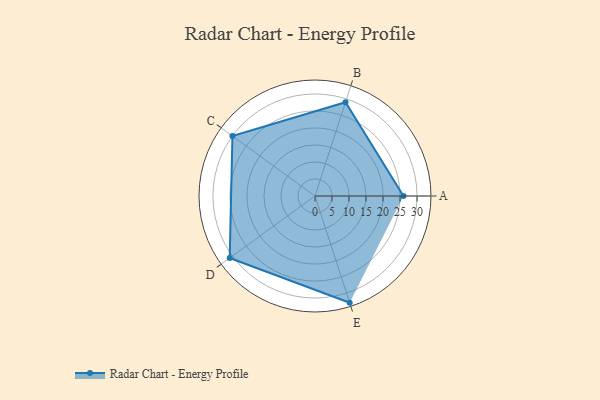
{"axis": {"x": "Skill", "y": "Score"}, "legend": ["Profile"], "data": [{"x": "A", "y": 26.0, "type": "Profile"}, {"x": "B", "y": 29.0, "type": "Profile"}, {"x": "C", "y": 30.0, "type": "Profile"}, {"x": "D", "y": 31.0, "type": "Profile"}, {"x": "E", "y": 33.0, "type": "Profile"}]}